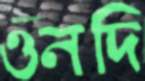
ওনদি